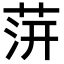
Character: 䓑